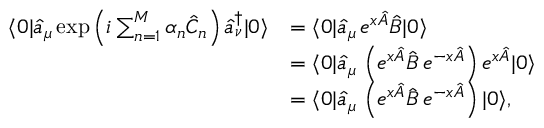
\begin{array} { r l } { \langle 0 | \hat { a } _ { \mu } \exp \left( i \sum _ { n = 1 } ^ { M } \alpha _ { n } \hat { C } _ { n } \right) \hat { a } _ { \nu } ^ { \dagger } | 0 \rangle } & { = \langle 0 | \hat { a } _ { \mu } \, e ^ { x \hat { A } } \hat { B } | 0 \rangle } \\ & { = \langle 0 | \hat { a } _ { \mu } \, \left( e ^ { x \hat { A } } \hat { B } \, e ^ { - x \hat { A } } \right) e ^ { x \hat { A } } | 0 \rangle } \\ & { = \langle 0 | \hat { a } _ { \mu } \, \left( e ^ { x \hat { A } } \hat { B } \, e ^ { - x \hat { A } } \right) | 0 \rangle , } \end{array}